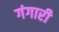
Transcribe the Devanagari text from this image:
गंगारी